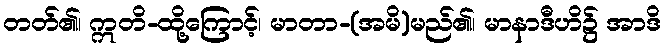
တတ်၏၊ ဣတိ-ထို့ကြောင့်၊ မာတာ-(အမိ)မည်၏၊ မာနာဒီဟိ၌ အာဒိ